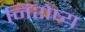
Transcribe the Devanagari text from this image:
निशेष्य